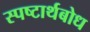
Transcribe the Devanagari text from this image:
स्पष्टार्थबोध